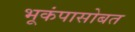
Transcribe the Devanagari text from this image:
भूकंपासोबत